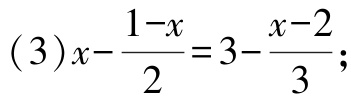
\((3)x - \frac{1 - x}{2} = 3 - \frac{x - 2}{3};\)